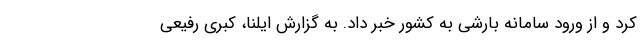
کرد و از ورود سامانه بارشی به کشور خبر داد. به گزارش ایلنا، کبری رفیعی